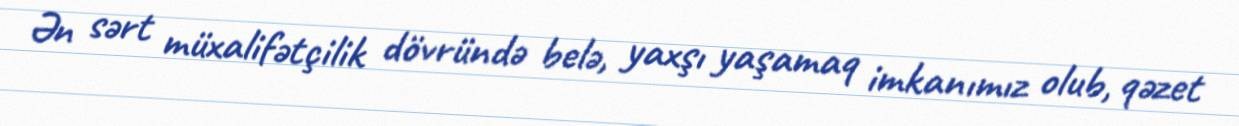
Ən sərt müxalifətçilik dövründə belə, yaxşı yaşamaq imkanımız olub, qəzet